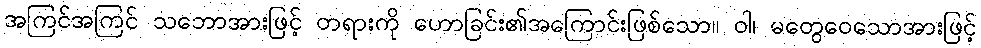
အကြင်အကြင် သဘောအားဖြင့် တရားကို ဟောခြင်း၏အကြောင်းဖြစ်သော။ ဝါ၊ မတွေဝေသောအားဖြင့်